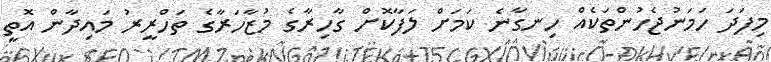
މިފަދަ ހަމަނުޖެހުންތަކެއް ހިނގާނެ ކަމަށް ލަފާކޮށް ގާހިރާގެ މުޒާހަރާގެ ތަހްރީރު މައިދާން އޮތީ